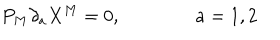
P _ { M } \partial _ { a } X ^ { M } = 0 , \qquad \qquad a = 1 , 2